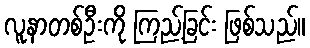
လူနာတစ်ဦးကို ကြည့်ခြင်း ဖြစ်သည်။